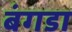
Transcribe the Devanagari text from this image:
बंगडा